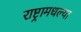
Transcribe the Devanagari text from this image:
राष्ट्रामधल्या